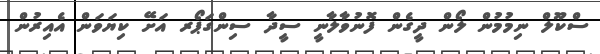
ސްކޫލް ނިމުމުން ލޯން ދީގެން ފޮނުވާލާނީ ސީދާ ސިންގަޕޯރ އަށޭ ކިޔަވަން އެއިރުން